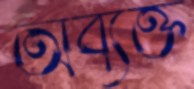
অব্যক্ত